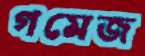
গমেজ